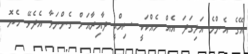
އޭގެ އެންމެ އަލިގަދަ އެއް ހެއްކަކީ ސިއްޙީ ދާއިރާއަށް ގެންނަވާ އެދެވޭ ހެޔޮ